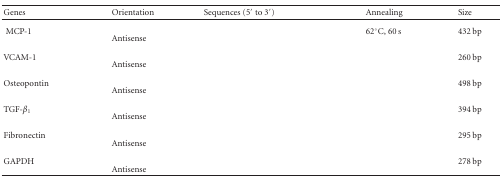
<table><thead><tr><td><b> Genes</b></td><td><b>Orientation</b></td><td><b>Sequences (5′ to 3′)</b></td><td><b>Annealing</b></td><td><b>Size</b></td></tr></thead><tbody><tr><td rowspan="2"> MCP-1</td><td>[EMPTY_CELL]</td><td>[EMPTY_CELL]</td><td rowspan="2">62°C, 60 s</td><td rowspan="2">432 bp</td></tr><tr><td>Antisense</td><td>[EMPTY_CELL]</td></tr><tr><td rowspan="2">VCAM-1</td><td>[EMPTY_CELL]</td><td>[EMPTY_CELL]</td><td rowspan="2">[EMPTY_CELL]</td><td rowspan="2">260 bp</td></tr><tr><td>Antisense</td><td>[EMPTY_CELL]</td></tr><tr><td rowspan="2">Osteopontin</td><td>[EMPTY_CELL]</td><td>[EMPTY_CELL]</td><td rowspan="2">[EMPTY_CELL]</td><td rowspan="2">498 bp</td></tr><tr><td>Antisense</td><td>[EMPTY_CELL]</td></tr><tr><td rowspan="2">TGF-<i>β</i><sub>1</sub></td><td>[EMPTY_CELL]</td><td>[EMPTY_CELL]</td><td rowspan="2">[EMPTY_CELL]</td><td rowspan="2">394 bp</td></tr><tr><td>Antisense</td><td>[EMPTY_CELL]</td></tr><tr><td rowspan="2">Fibronectin</td><td>[EMPTY_CELL]</td><td>[EMPTY_CELL]</td><td rowspan="2">[EMPTY_CELL]</td><td rowspan="2">295 bp</td></tr><tr><td>Antisense</td><td>[EMPTY_CELL]</td></tr><tr><td rowspan="2">GAPDH</td><td>[EMPTY_CELL]</td><td>[EMPTY_CELL]</td><td rowspan="2">[EMPTY_CELL]</td><td rowspan="2">278 bp</td></tr><tr><td>Antisense</td><td>[EMPTY_CELL]</td></tr></tbody></table>